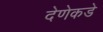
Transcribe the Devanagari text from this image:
देणेकडे